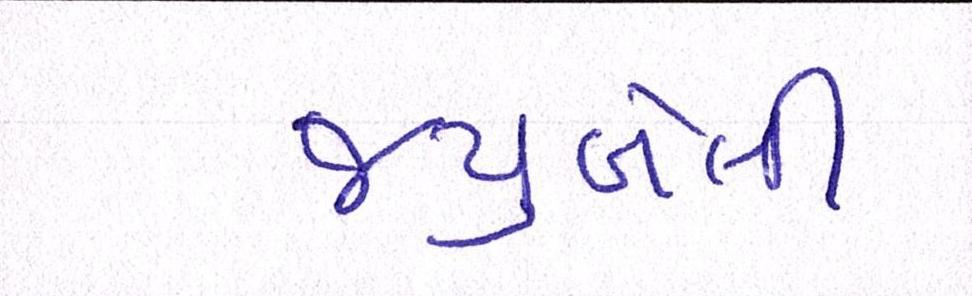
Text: જ્યુબેલી